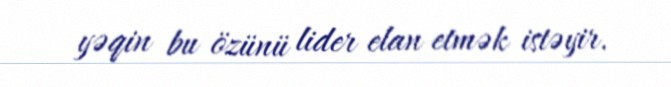
yəqin bu özünü lider elan etmək istəyir.